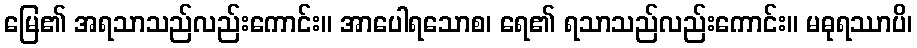
မြေ၏ အရသာသည်လည်းကောင်း။ အာပေါရသောစ၊ ရေ၏ ရသာသည်လည်းကောင်း။ မဓုရဿာပိ၊